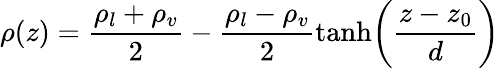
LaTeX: \rho(z)=\frac{\rho_{l}+\rho_{v}}{2}-\frac{\rho_{l}-\rho_{v}}{2}\mathrm{tanh}\bigg(\frac{z-z_{0}}{d}\bigg)